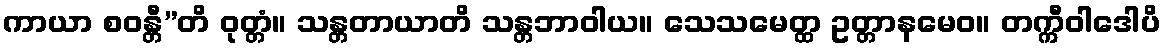
ကာယာ စဝန္တီ”တိ ဝုတ္တံ။ သန္တတာယာတိ သန္တဘာဝါယ။ သေသမေတ္ထ ဥတ္တာနမေဝ။ တက္ကီဝါဒေါပိ